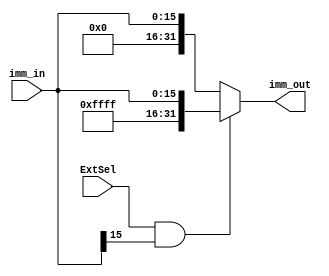
`timescale 1ns / 1ps
//////////////////////////////////////////////////////////////////////////////////
// Company: 
// Engineer: 
// 
// Design Name: 
// Module Name: Sign_Zero_Extend
// Project Name: 
// Target Devices: 
// Tool Versions: 
// Description: 
// 
// Dependencies: 
// 
// Revision:
// Revision 0.01 - File Created
// Additional Comments:
// 
//////////////////////////////////////////////////////////////////////////////////


module Sign_Zero_Extend(
    //16immediate
    input [15:0] imm_in,
    //0zero-extend1sign-extend
    input ExtSel,
    //32immdiate
    output [31:0] imm_out
    );
    //1
    assign imm_out = (ExtSel && imm_in[15]==1'b1)? { 16'hffff, imm_in}: {16'b0, imm_in};//
endmodule